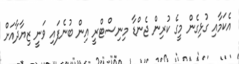
އެކަމާއި ގުޅިގެން މީގެ ކުރިން ޖެންޑާ މިނިސްޓްރީ އިން ބުނެފައި ވަނީ ޒިޔާދާއަށް